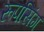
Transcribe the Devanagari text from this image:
रूपसिंग